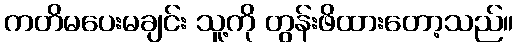
ကတိမပေးမချင်း သူ့ကို တွန်းဖိထားတော့သည်။